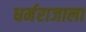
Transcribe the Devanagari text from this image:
धर्मराजाला